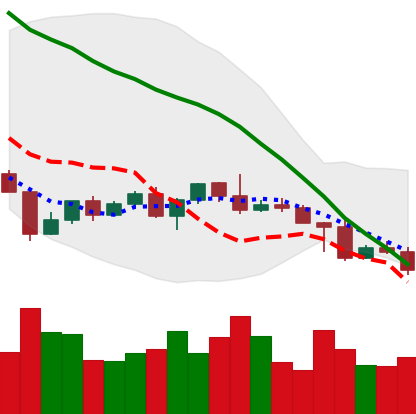
Ticker: NEO-USD
Chart end date: 2022-04-29
Forward return: 7.883%
Label: up_7plus